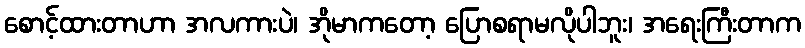
စောင့်ထားတာဟာ အလကားပဲ၊ အိုမာကတော့ ပြောစရာမလိုပါဘူး၊ အရေးကြီးတာက